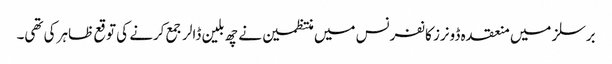
برسلز میں منعقدہ ڈونرز کانفرنس میں منتظمین نے چھ بلین ڈالر جمع کرنے کی توقع ظاہر کی تھی۔